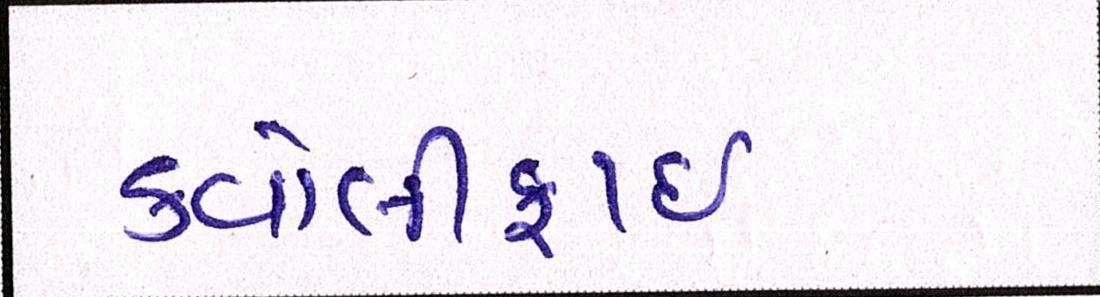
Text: કવોલીફાઈ